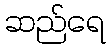
ဆည်ရေ